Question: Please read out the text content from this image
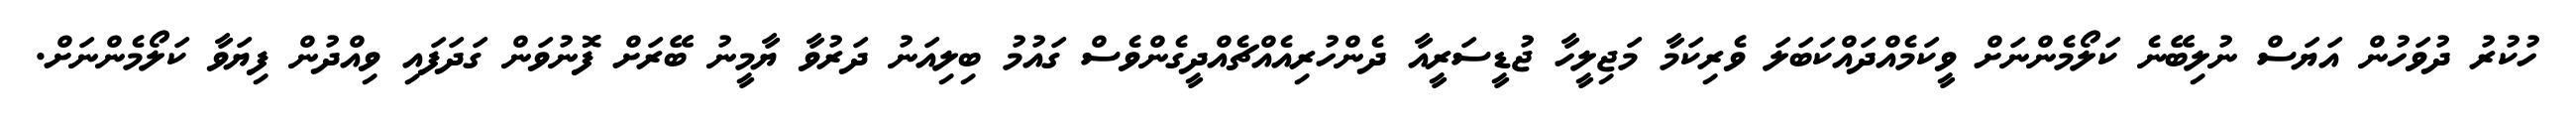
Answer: ހުކުރު ދުވަހުން އަޔަސް ނުލިބޭނެ ކަލޯމެންނަށް ވީކަމެއްދައްކަބަލަ ވެރިކަމާ މަޖިލީހާ ޖުޑީސަރީއާ ދެންހުރިއެއްޗެއްދީގެންވެސް ގައުމު ބިލިއަނު ދަރުވާ ޔާމީނު ބޭރަށް ފޮނުވަން ގަދަފައި ވިއްދުން ފިޔަވާ ކަލޯމެންނަށް.